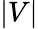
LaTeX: \displaystyle|V|